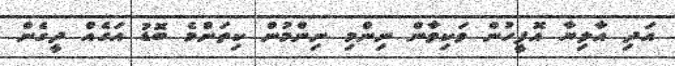
އަދި އާލިޔާ އޮފީހުން ވަކިވާން ނިންމި ނިންމުން ކިތަންމެ ބޮޑު އަގެއް ދީގެން